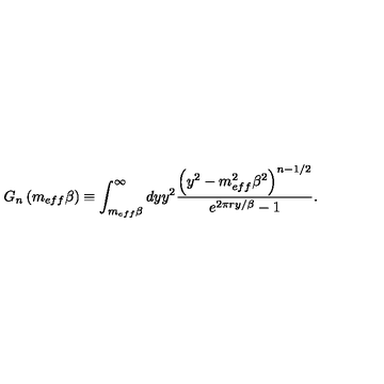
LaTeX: G _ { n } \left( m _ { e f f } \beta \right) \equiv \int _ { m _ { e f f } \beta } ^ { \infty } d y y ^ { 2 } \frac { \left( y ^ { 2 } - m _ { e f f } ^ { 2 } \beta ^ { 2 } \right) ^ { n - 1 / 2 } } { e ^ { 2 \pi r y / \beta } - 1 } .